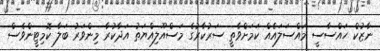
ނާޒުކް ހައްސާސީ މައްސަލައެއް ކަމަށްވާތީ ސަރުކާރުގެ މަސްއޫލިއްޔަތު އަދާކުރާ މިންވަރު ބަލާ ކޮމިޓީންވެސް